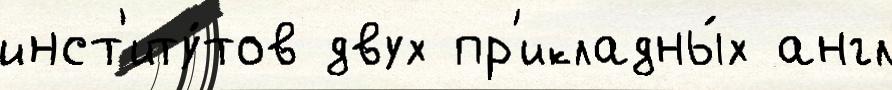
инст'иту́тов двух пр'икладны́х англ